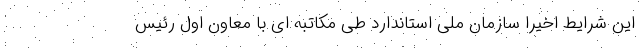
این شرایط اخیرا سازمان ملی استاندارد طی مکاتبه ای با معاون اول رئیس